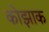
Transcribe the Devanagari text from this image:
कोझाक